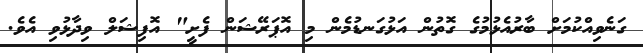
ގަނެވިއްކުމަށް ބާރުއެޅުމުގެ ގޮތުން އަޅުގަނޑުމެން މި އޮޕަރޭޝަން ފެށީ" އޮފިޝަލް ވިދާޅުވި އެވެ.